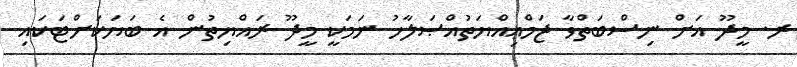
ރ. މީދޫ އަށް ނިސްބަތްވާ ޖަމްޢިއްޔަތުއްޞަލާހު ނަމަކީ މީދޫ ރައްޔިތުން އެ ބަޔަކަށްޓަކައި